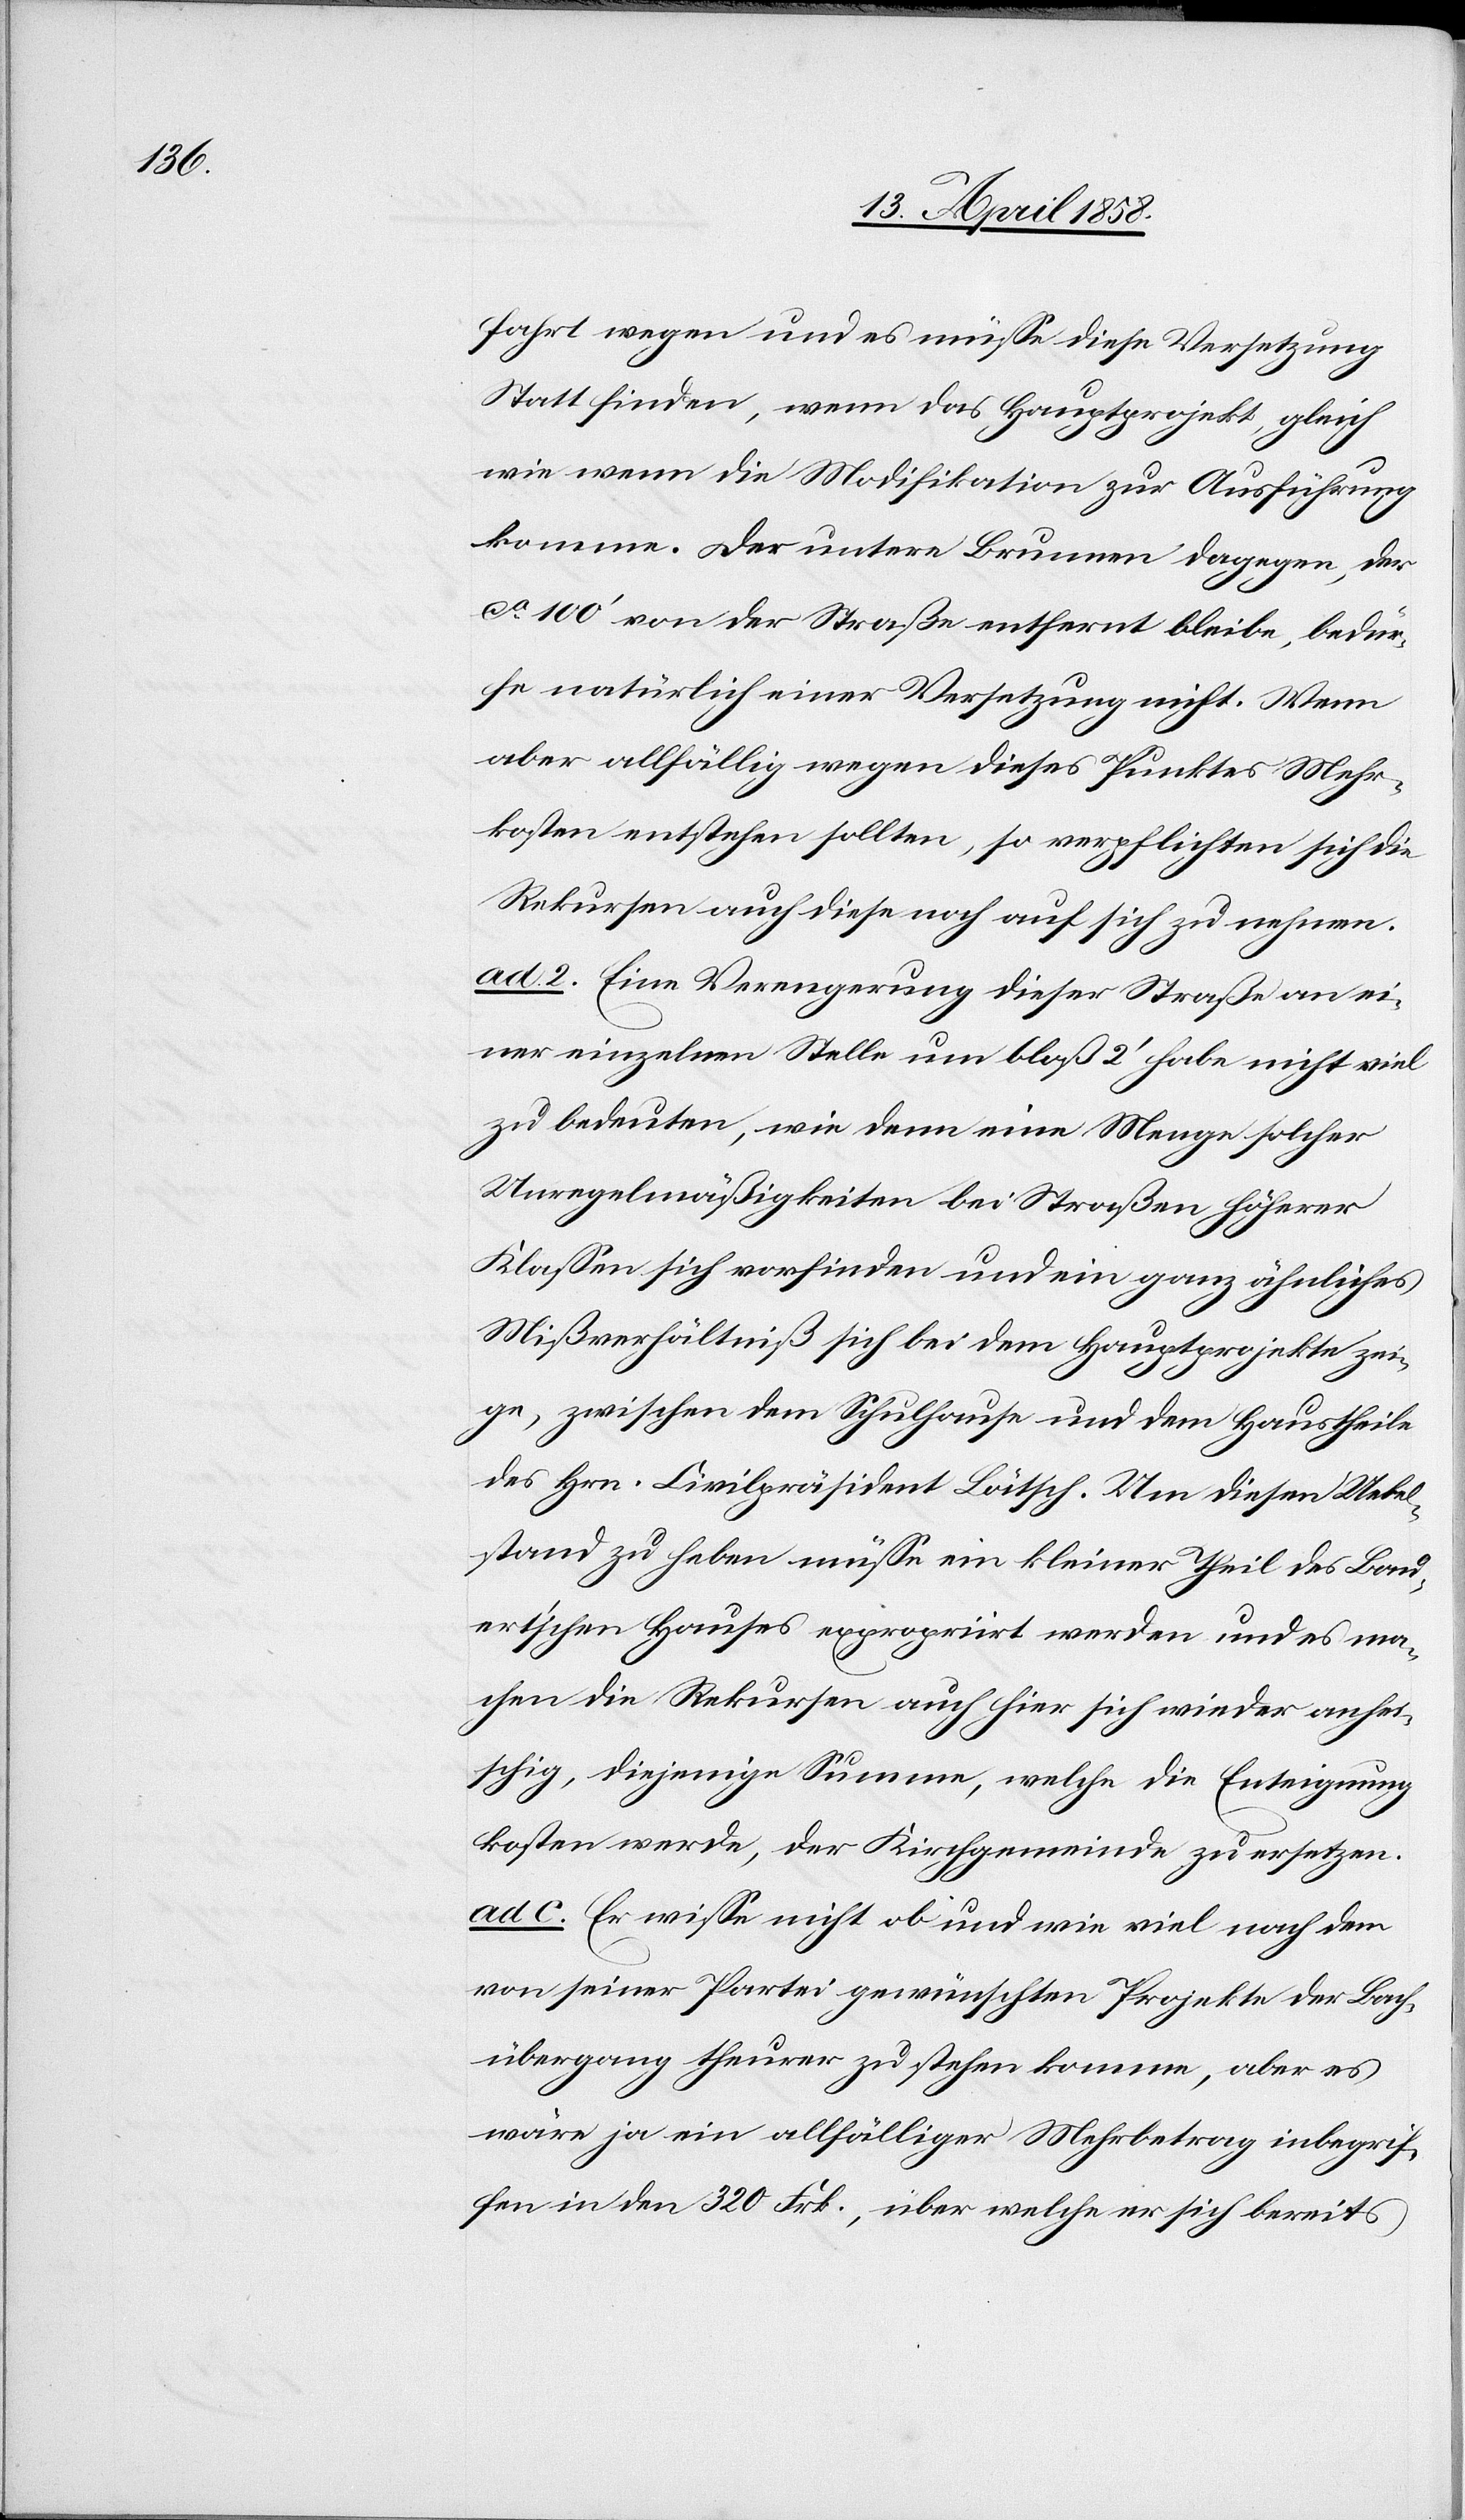
fahrt wegen und es müsse diese Versetzung
Statt finden, wenn das Hauptprojekt, gleich
wie wenn die Modifikation zur Ausführung
komme. Der untere Brunnen dagegen, der
ca 100’ von der Straße entfernt bleibe, bedür¬
fe natürlich einer Versetzung nicht. Wenn
aber allfällig wegen dieses Punktes Mehr¬
kosten entstehen sollten, so verpflichten sich die
Rekursen auch diese noch auf sich zu nehmen.
ad. 2. Eine Verengerung dieser Straße an ei¬
ner einzelnen Stelle um bloß 2’ habe nicht viel
zu bedeuten, die denn eine Menge solcher
Unregelmäßigkeiten bei Straßen höherer
Klassen sich vorfinden und ein ganz ähnliches
Mißverhältniß sich bei dem Hauptprojekte zei¬
ge, zwischen dem Schulhause und dem Haustheile
des Hrn. Civilpräsident Lätsch. Um diesen Uebel¬
stand zu heben müsse ein kleiner Theil des Bau¬
ert’schen Hauses expropriirt werden und es ma¬
chen die Rekursen auch hier sich wieder anhei¬
schig, diejenige Summe, welche die Enteignung
kosten werde, der Kirchgemeinde zu ersetzen.
ad c. Er wisse nicht ob und wie viel nach dem
von seiner Partei gewünschten Projekte der Bach¬
übergang theurer zu stehen komme, aber es
wäre ja ein allfälliger Mehrertrag inbegrif¬
fen in den 320 Frk., über welche er sich bereits